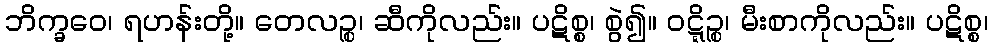
ဘိက္ခဝေ၊ ရဟန်းတို့။ တေလဉ္စ၊ ဆီကိုလည်း။ ပဋိစ္စ၊ စွဲ၍။ ဝဋ္ဋိဉ္စ၊ မီးစာကိုလည်း။ ပဋိစ္စ၊